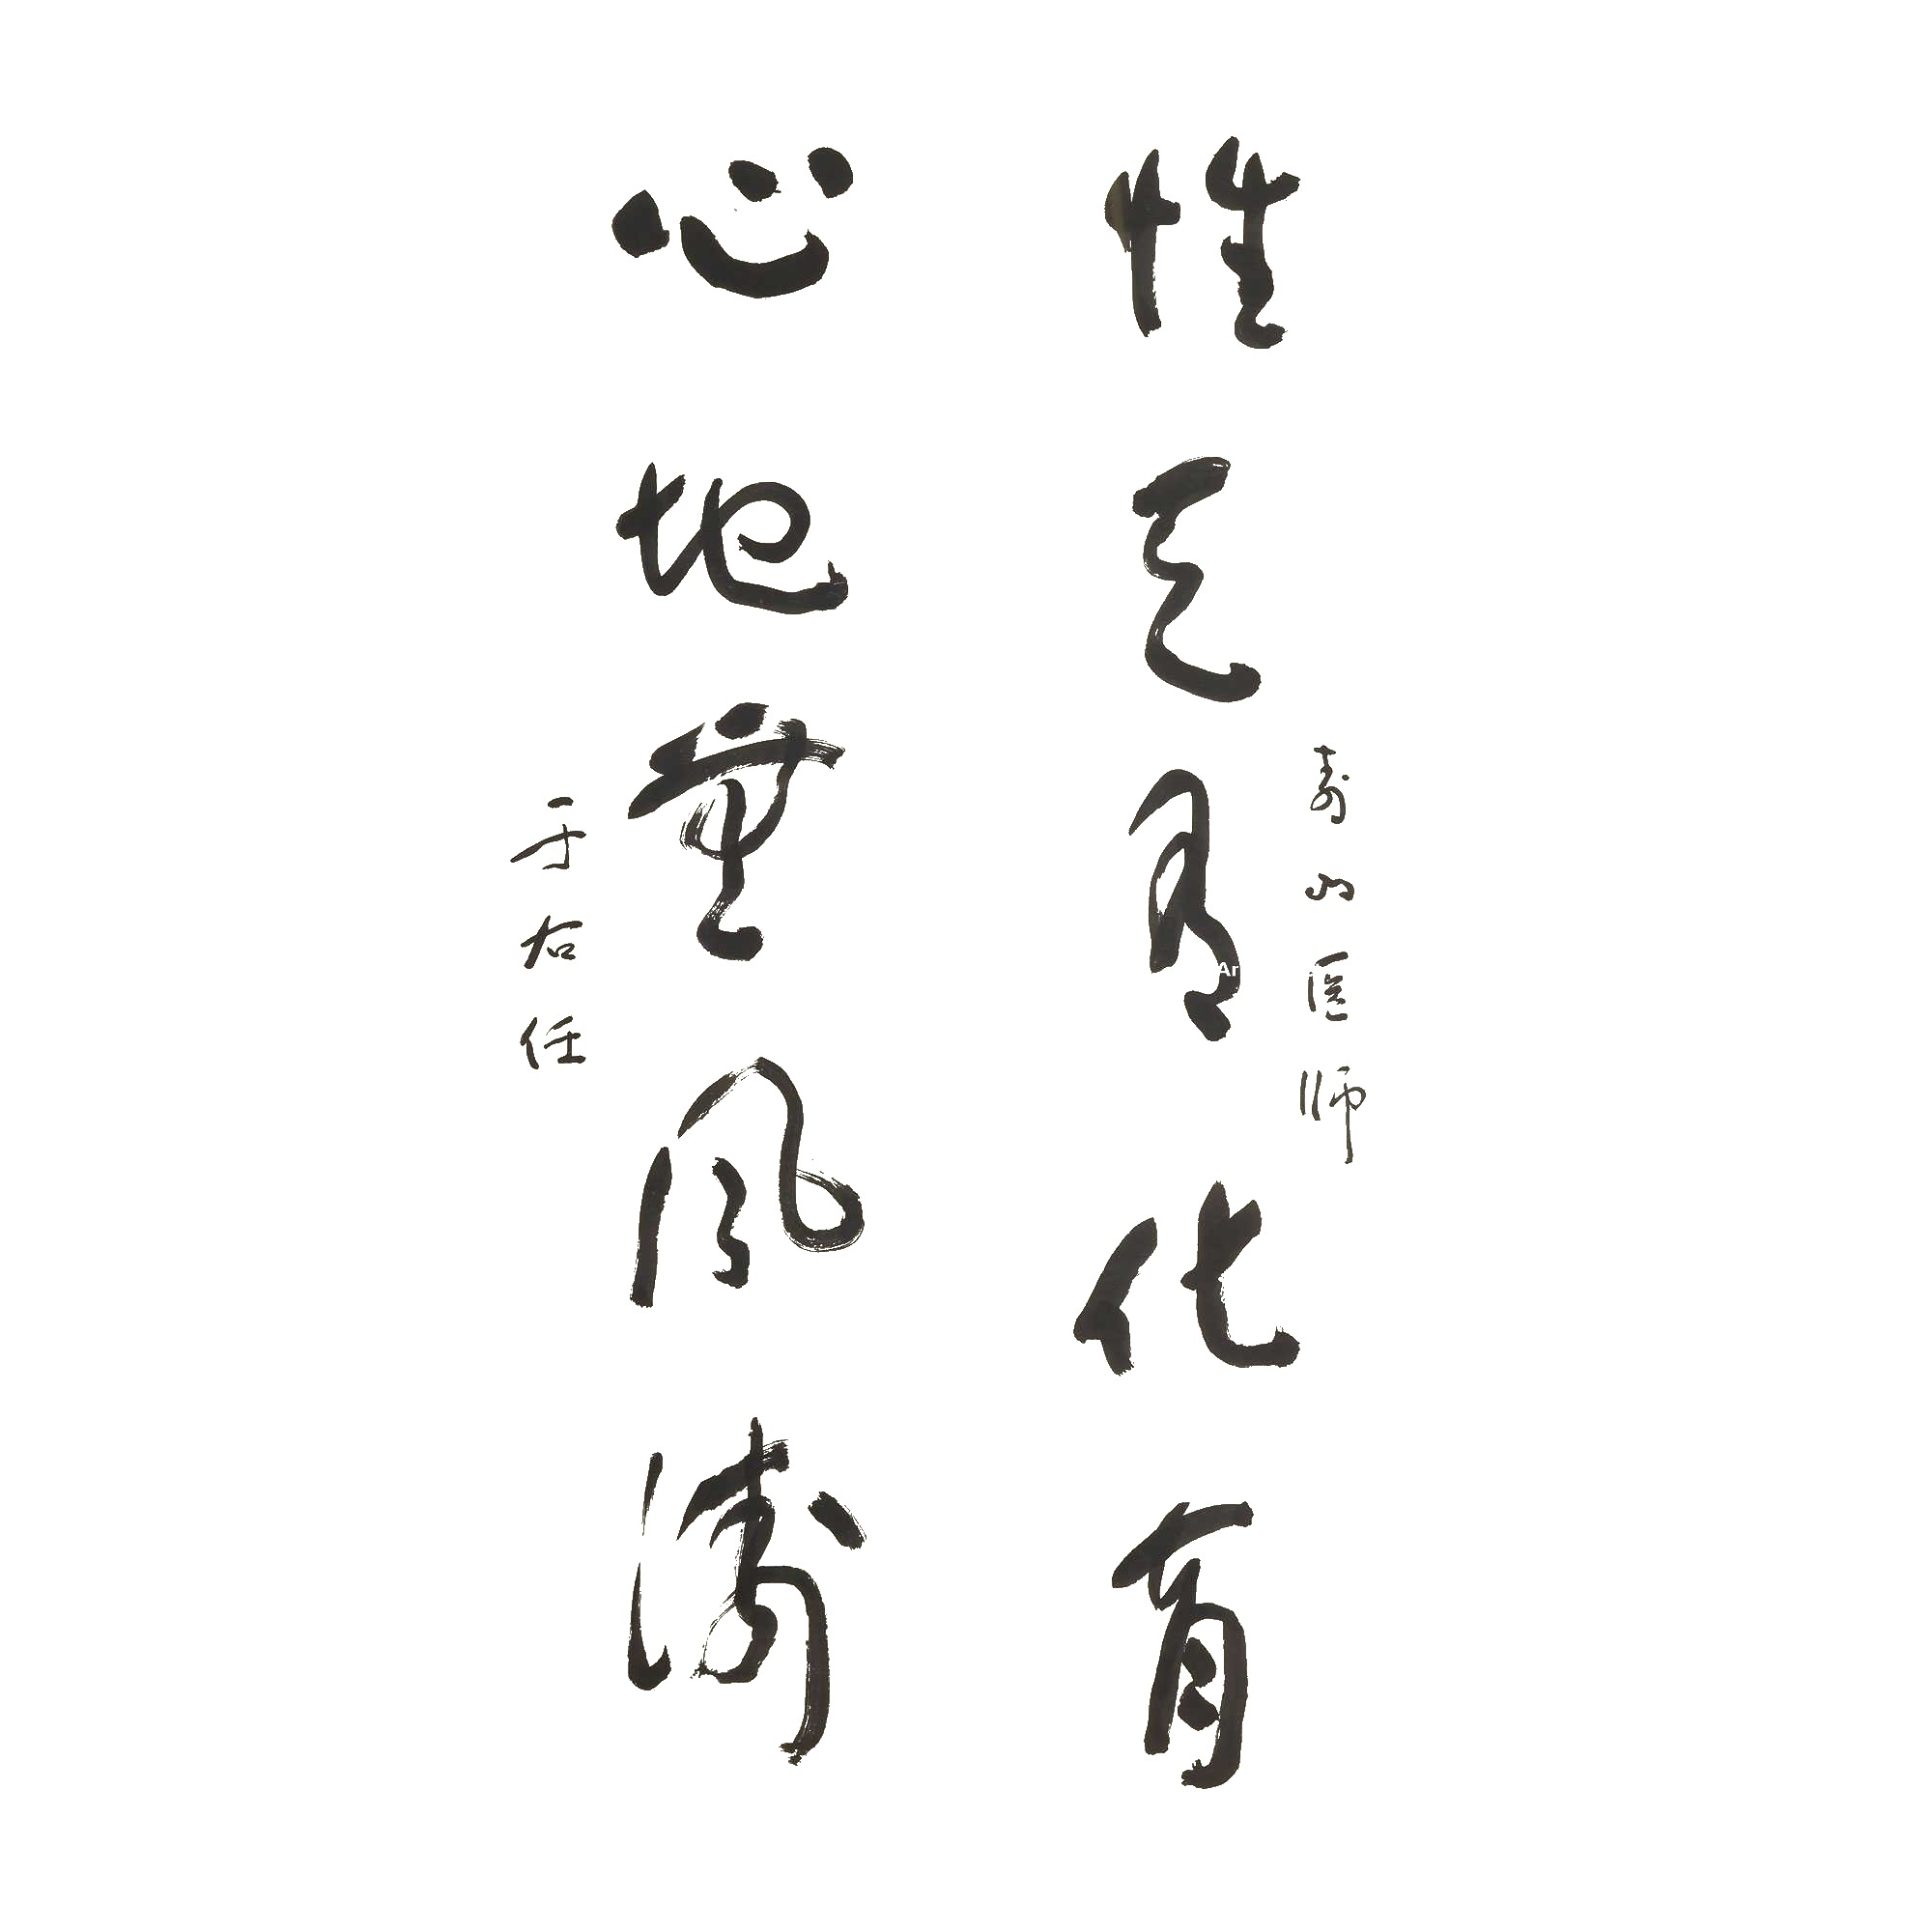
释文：性天有化育，心地无风涛。寿山医师，于右任。